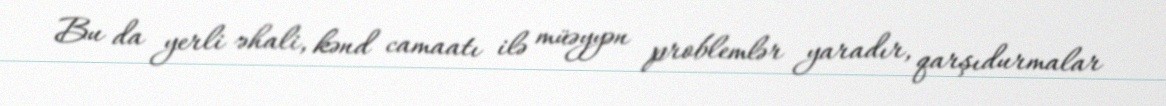
Bu da yerli əhali, kənd camaatı ilə müəyyən problemlər yaradır, qarşıdurmalar